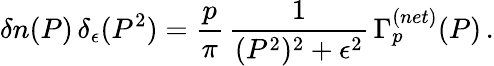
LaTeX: \delta n(P)\, \delta_{\epsilon}(P^{2})=\frac{p}{\pi}\, \frac{1}{(P^{2})^{2}+\epsilon^{2}}\, \Gamma_{p}^{(net)}(P)\, .